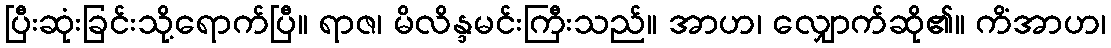
ပြီးဆုံးခြင်းသို့ရောက်ပြီ။ ရာဇ၊ မိလိန္ဒမင်းကြီးသည်။ အာဟ၊ လျှောက်ဆို၏။ ကိံအာဟ၊